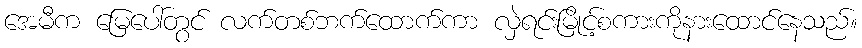
အေမီက မြေပေါ်တွင် လက်တစ်ဘက်ထောက်ကာ လှဲရင်းမြိုင့်စကားကိုနားထောင်နေသည်။